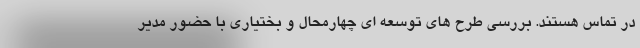
در تماس هستند. بررسی طرح های توسعه ای چهارمحال و بختیاری با حضور مدیر